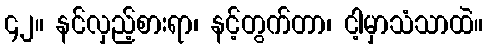
၄၂။ နင်လှည့်စားရာ၊ နင့်တွက်တာ၊ ငါ့မှာသံသာထဲ။